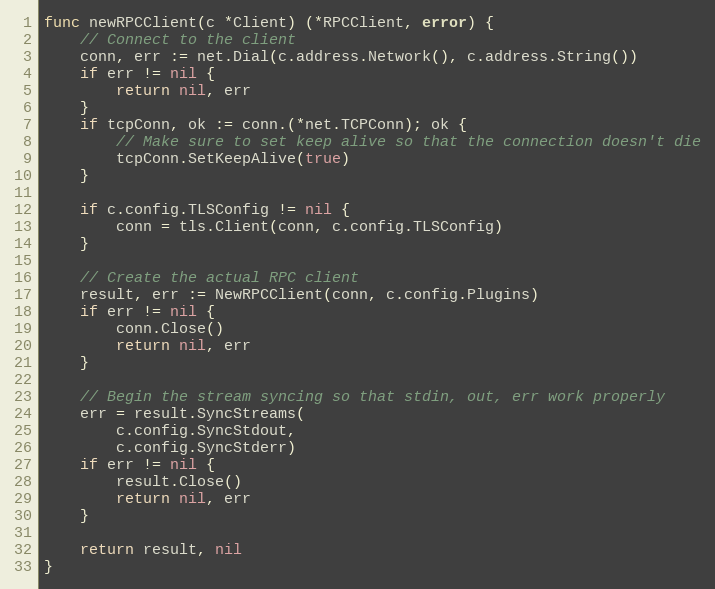
Language: Go
func newRPCClient(c *Client) (*RPCClient, error) {
	// Connect to the client
	conn, err := net.Dial(c.address.Network(), c.address.String())
	if err != nil {
		return nil, err
	}
	if tcpConn, ok := conn.(*net.TCPConn); ok {
		// Make sure to set keep alive so that the connection doesn't die
		tcpConn.SetKeepAlive(true)
	}

	if c.config.TLSConfig != nil {
		conn = tls.Client(conn, c.config.TLSConfig)
	}

	// Create the actual RPC client
	result, err := NewRPCClient(conn, c.config.Plugins)
	if err != nil {
		conn.Close()
		return nil, err
	}

	// Begin the stream syncing so that stdin, out, err work properly
	err = result.SyncStreams(
		c.config.SyncStdout,
		c.config.SyncStderr)
	if err != nil {
		result.Close()
		return nil, err
	}

	return result, nil
}